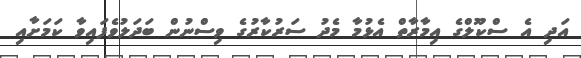
އަދި އެ ސްކޫލްގެ އިމާރާތް އެޅުމާ މެދު ސަރުކާރުގެ ވިސްނުން ބަދަލުވެފައިވާ ކަމަށާއި